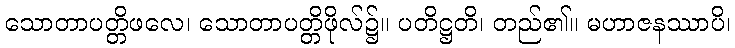
သောတာပတ္တိဖလေ၊ သောတာပတ္တိဖိုလ်၌။ ပတိဋ္ဌတိ၊ တည်၏။ မဟာဇနဿာပိ၊